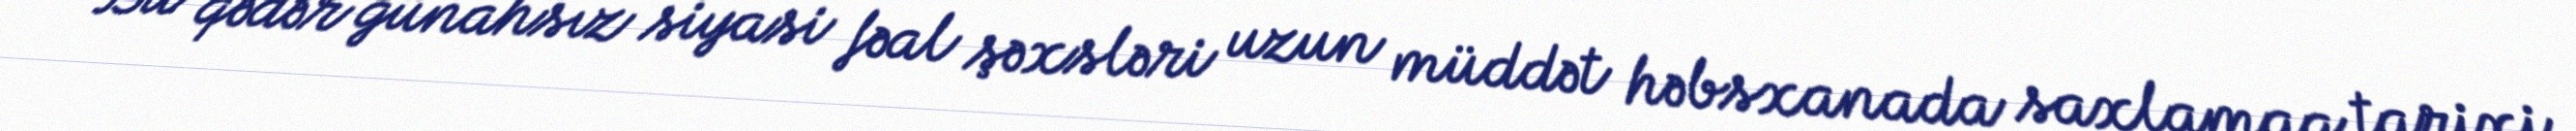
Bu qədər günahsız siyasi fəal şəxsləri uzun müddət həbsxanada saxlamaq tarixi